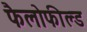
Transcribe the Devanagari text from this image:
फैलोफील्ड